Calcutta medical institutions reports 1871-78
Year: 1871
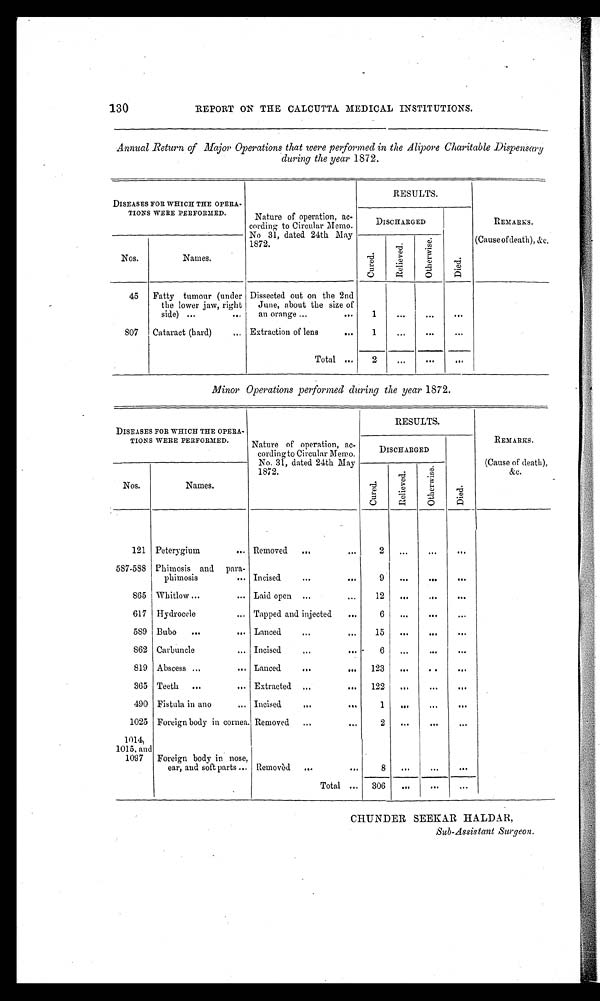
130 REPORT ON THE CALCUTTA. MEDICAL INSTITUTIONS.
Annual Return of Major Operations that were performed in the Alipore Charitable Dispensary
during the year 1872.
DISEASES FOR WHICH THE OPERA-
TIONS WERE PERFORMED.
Nos.
Names.
Nature of operation, ac-
cording to Circular Memo.
No 31, dated 24th May
1872.
RESULTS.
DISCHARGED
c u r e d
R e l i e v e d
0 4
REMARKS.
(Cause of death), &c.
45
Fatty tumour (under
the lower jaw, right
side)
Dissected out on the 2nd
June, about the size of
an orange
1
...
•01
807
Cataract (hard)
Extraction of lens
1
—
•••
Total
2
...
..
•64
Minor Operations performed during the year 1872.
DISEASES FOR WHICH THE OPERA-
TIONS WERE PERFORMED.
—
Nos.
Names
Nature of operation, ac-
cording to Circular Memo.
No. 31, dated 24th May
1872.
RESULTS.
REMARKS.
DISCHARGED
(Cause of death),
4
&c.
-d
e
e
.-d
e
e r
d . ..
.
,
e
0
a:1
0
4
121 Peterygium
Removed
2
2
"
ea e
•••
.
587-588 Phimosis and para.
phimosis
Incised
9
...
•.•
111“
865 i Whitlow
Laid open
12
IDS.
tI•
•••
617 Hydrocele
Tapped and injected
6
...
•••
...
589 Bubo
Lanced
15
0 1 5 •
Of 0
•••
862 Carbuncle
Incised
•••
...
819 Abscess
Lanced
123
...
..
•••
365 Teeth
Extracted
122
•..
•••
490 Fistula in ano
Incised
•••
1025 Foreign body in cornea. Removed
2
•.•
...
—
1014,
1015, and
1097
Foreign body in nose,
ear, and soft parts
Removèd
8
..
...
•••
Total
306
...
•••
...
CHUNDER SEEKAR HALDAR,
Sub-Assistant Surgeon.